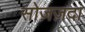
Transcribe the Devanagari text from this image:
सोज़ज़दा